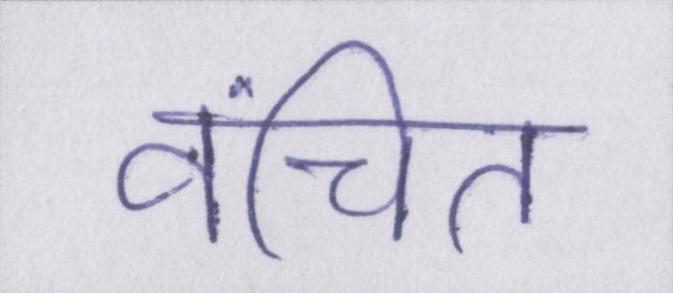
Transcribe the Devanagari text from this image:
वंचित